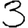
Digit: 3